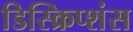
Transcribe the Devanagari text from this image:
डिस्क्रिप्शंस